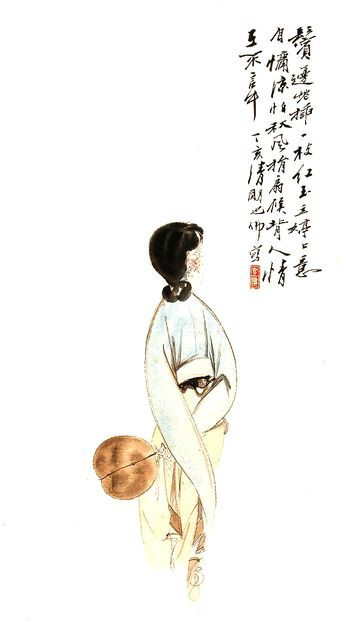
客思吟商还怯。怨歌长琼壶暗缺。